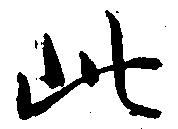
此